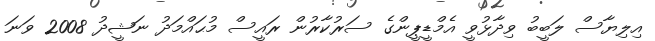
އިލިޔާސް ލަބީބު ވިދާޅުވީ އެމްޑީޕީންގެ ސަރުކާރުން ރައީސް މުޙައްމަދު ނަޝީދު 2008 ވަނަ